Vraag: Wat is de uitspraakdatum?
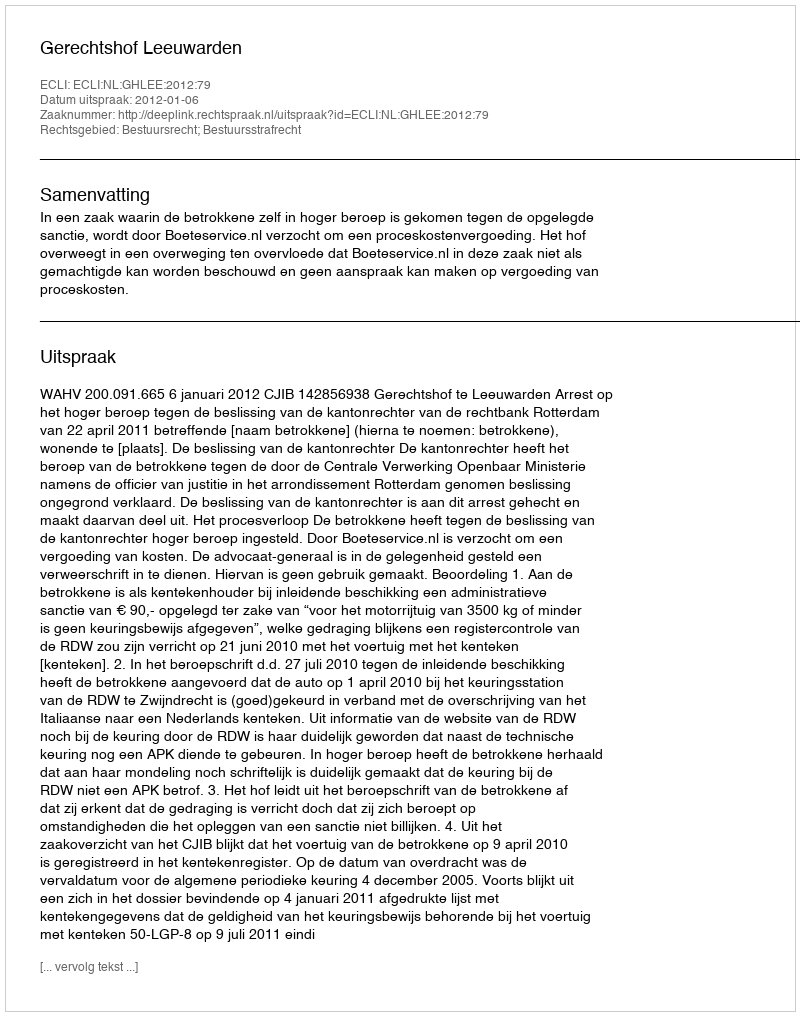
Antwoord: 2012-01-06